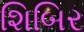
શિબિર